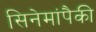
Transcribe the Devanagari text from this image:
सिनेमांपैकी